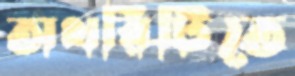
অথরিটিতে